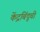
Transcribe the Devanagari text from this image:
केंद्रबिंदूची